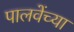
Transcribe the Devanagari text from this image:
पालवेंच्या